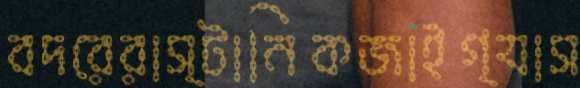
বদরেরাস্টানিকজাইগ্যাস